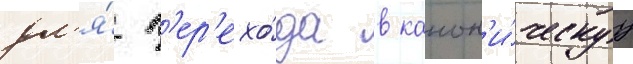
дл'я́ п'ер'ехо́да в канон'и́ческуу